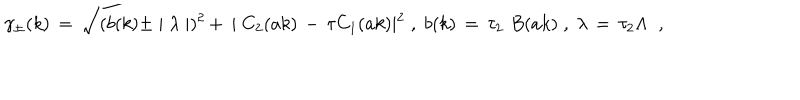
\gamma _ { \pm } ( k ) \, = \, \sqrt { ( b ( k ) \pm \mid \lambda \mid ) ^ { 2 } \, + \, \mid C _ { 2 } ( a k ) \, - \, \tau C _ { 1 } ( a k ) \mid ^ { 2 } } \; , \; b ( k ) \, = \, \tau _ { 2 } \, \, B ( a k ) \; , \; \lambda \, = \, \tau _ { 2 } \Lambda \; \; ,